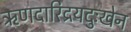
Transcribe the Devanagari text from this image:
ऋणदारिद्रयदुःखेन